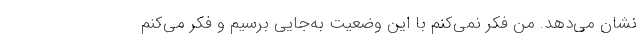
نشان می‌دهد. من فکر نمی‌کنم با این وضعیت به‌جایی برسیم و فکر می‌کنم